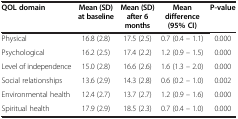
<table><thead><tr><td><b>QOL domain</b></td><td><b>Mean (SD) at baseline</b></td><td><b>Mean (SD) after 6 months</b></td><td><b>Mean difference (95% CI)</b></td><td><b>P-value</b></td></tr></thead><tbody><tr><td>Physical</td><td>16.8 (2.8)</td><td>17.5 (2.5)</td><td>0.7 (0.4 – 1.1)</td><td>0.000</td></tr><tr><td>Psychological</td><td>16.2 (2.5)</td><td>17.4 (2.2)</td><td>1.2 (0.9 – 1.5)</td><td>0.000</td></tr><tr><td>Level of independence</td><td>15.0 (2.8)</td><td>16.6 (2.6)</td><td>1.6 (1.3 – 2.0)</td><td>0.000</td></tr><tr><td>Social relationships</td><td>13.6 (2.9)</td><td>14.3 (2.8)</td><td>0.6 (0.2 – 1.0)</td><td>0.002</td></tr><tr><td>Environmental health</td><td>12.4 (2.7)</td><td>13.7 (2.7)</td><td>1.2 (0.9 – 1.6)</td><td>0.000</td></tr><tr><td>Spiritual health</td><td>17.9 (2.9)</td><td>18.5 (2.3)</td><td>0.7 (0.4 – 1.0)</td><td>0.000</td></tr></tbody></table>